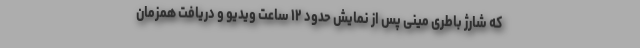
که شارژ باطری مینی پس از نمایش حدود ۱۲ ساعت ویدیو و دریافت همزمان